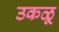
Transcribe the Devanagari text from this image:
उकळू